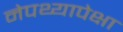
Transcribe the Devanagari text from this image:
नेपथ्यापेक्षा